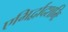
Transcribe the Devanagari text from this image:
एभिर्द्वादशभिः